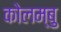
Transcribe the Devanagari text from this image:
कोलम्बु